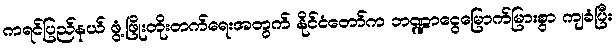
ကရင်ပြည်နယ် ဖွံ့ဖြိုးတိုးတက်ရေးအတွက် နိုင်ငံတော်က ဘဏ္ဍာငွေမြောက်မြားစွာ ကျခံပြီး